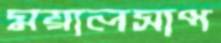
ময়ালসাপ